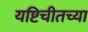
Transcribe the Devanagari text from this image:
यष्टिचीतच्या